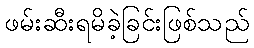
ဖမ်းဆီးရမိခဲ့ခြင်းဖြစ်သည်